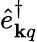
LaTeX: \hat{e}_{{\mathbf k}q}^{\dagger}